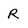
Character: R